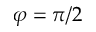
\varphi = \pi / 2